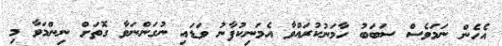
އެހެން ނަމަވެސް ސަބަބު ހާމަނުކުރައްވާ އެމަނިކުފާނު ވަޑައި ނުގަންނަވާ ގޮތަށް ނިންމަވާ މި